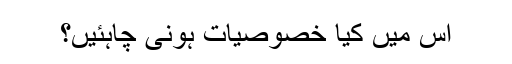
اس میں کیا خصوصیات ہونی چاہئیں؟